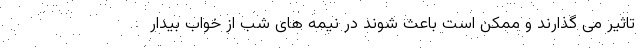
تاثیر می‌ گذارند و ممکن است باعث شوند در نیمه‌ های شب از خواب بیدار